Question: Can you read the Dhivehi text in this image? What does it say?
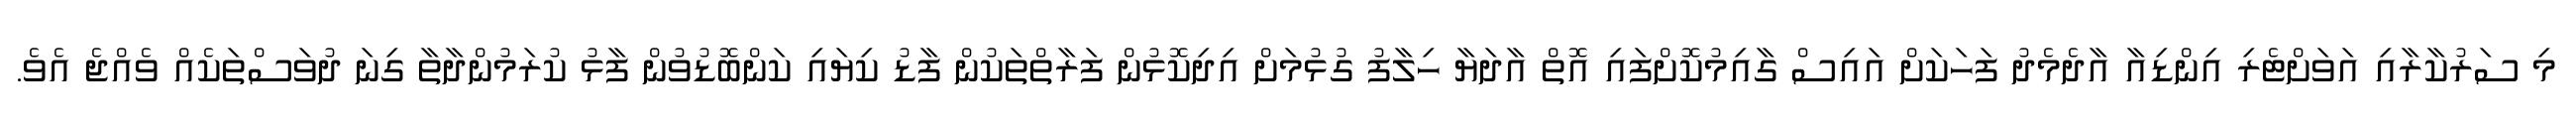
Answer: މި ސަރުކާރާއި އަވަށްޓެރި އިންޑިއާ އާދެމެދު ފަހަކަށް އައިސް ގާއިމުކޮށްފައި އޮތް އާދަޔާ ހިލާފު ގުޅުމަށް އިދިކޮޅުން ފަރާތްތަކުން ފާޑު ކިޔައި ކަންބޮޑުވުން ފާޅު ކުރަމުންދާތާ ގިނަ ދުވަސްތަކެއް ވެއްޖެ އެވެ.